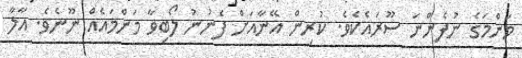
މަންމަގެ ނުފެންނަ ސޫރައެކެވެ. ކުރިން އޭނާއަށް ފެނުނު ލޯބިވާ މަންމައެއް ނޫނެވެ. އާލާ